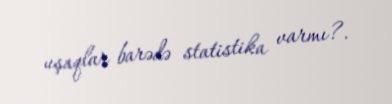
uşaqlar barədə statistika varmı?.